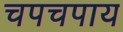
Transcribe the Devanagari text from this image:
चपचपाय